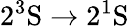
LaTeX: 2^{3}\mathrm{S}\rightarrow 2^{1}\mathrm{S}